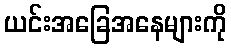
ယင်းအခြေအနေများကို